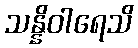
သန္နိဝါရေသိ